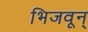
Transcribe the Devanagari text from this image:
भिजवून्